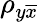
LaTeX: \rho_{y\overline{{x}}}